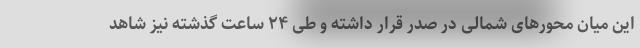
این میان محورهای شمالی در صدر قرار داشته و طی ۲۴ ساعت گذشته نیز شاهد